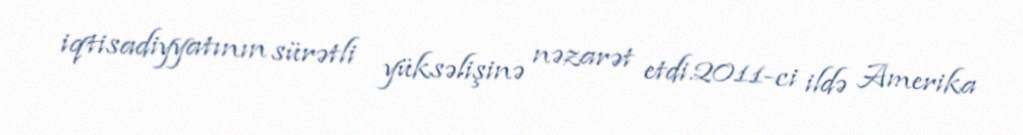
iqtisadiyyatının sürətli yüksəlişinə nəzarət etdi.2011-ci ildə Amerika